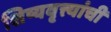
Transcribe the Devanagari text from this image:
शिष्यवृत्त्यांची